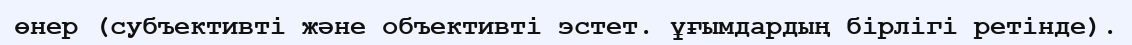
өнер (субъективті және объективті эстет. ұғымдардың бірлігі ретінде).